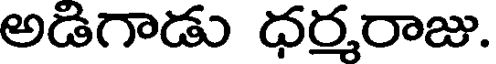
అడిగాడు ధర్మరాజు.